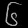
Digit: ၆